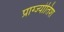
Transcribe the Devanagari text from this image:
प्राग्ज्योतिश